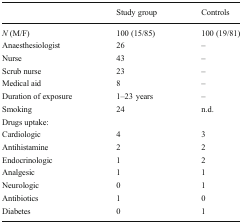
<table><thead><tr><td></td><td><b>Study group</b></td><td><b>Controls</b></td></tr></thead><tbody><tr><td><i>N</i> (M/F)</td><td>100 (15/85)</td><td>100 (19/81)</td></tr><tr><td>Anaesthesiologist</td><td>26</td><td>–</td></tr><tr><td>Nurse</td><td>43</td><td>–</td></tr><tr><td>Scrub nurse</td><td>23</td><td>–</td></tr><tr><td>Medical aid</td><td>8</td><td>–</td></tr><tr><td>Duration of exposure</td><td>1–23 years</td><td>–</td></tr><tr><td>Smoking</td><td>24</td><td>n.d.</td></tr><tr><td colspan="3">Drugs uptake:</td></tr><tr><td>Cardiologic</td><td>4</td><td>3</td></tr><tr><td>Antihistamine</td><td>2</td><td>2</td></tr><tr><td>Endocrinologic</td><td>1</td><td>2</td></tr><tr><td>Analgesic</td><td>1</td><td>1</td></tr><tr><td>Neurologic</td><td>0</td><td>1</td></tr><tr><td>Antibiotics</td><td>1</td><td>0</td></tr><tr><td>Diabetes</td><td>0</td><td>1</td></tr></tbody></table>